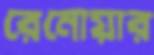
রেনোয়ার